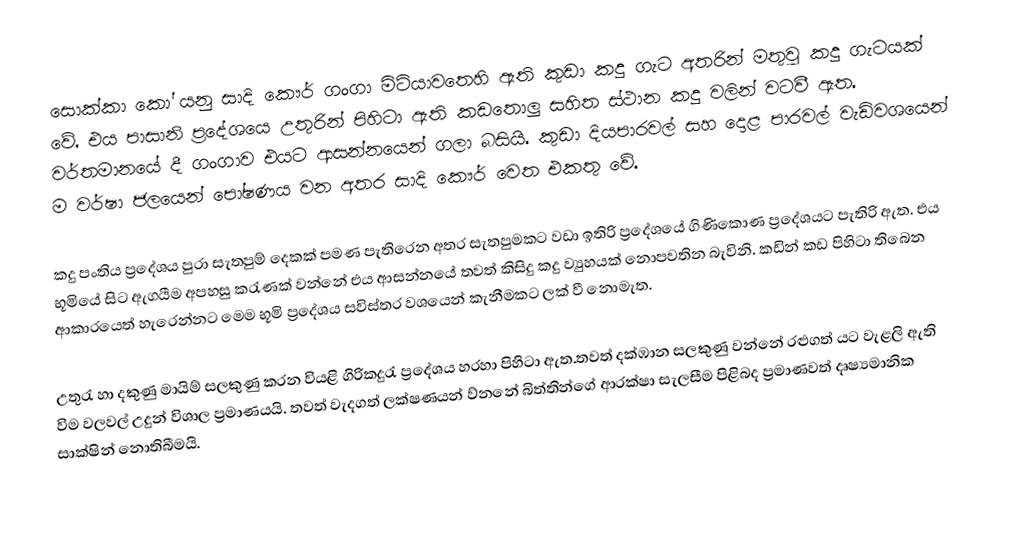
සොක්කා කෝ යනු සාදි කෞර් ගංගා මිටියාවතෙහි ඇති කුඩා කදු ගැට අතරින් මතුවු කදු ගැටයක් වේ. එය පාසානි ප්‍රදේශයෙ උතුරින් පිහිටා ඇති කඩතොලු සහිත ස්ථාන කදු වලින් වටවී ඇත. වර්තමානයේ දී ගංගාව එයට ආසන්නයෙන් ගලා බසියි. කුඩා දියපාරවල් සහ දොළ පාරවල් වැඩිවශයෙන් ම වර්ෂා ජලයෙන් පෝෂණය වන අතර සාදි කෞර් වෙත ‍එකතු වේ.

කදු පංතිය ප්‍රදේශය පුරා සැතපුම් දෙකක් පමණ පැතිරෙන අතර සැතපුමකට වඩා ඉතිරි ප්‍රදේශයේ ගිණිකොණ ප්‍රදේශයට පැතිරි ඇත. එය භූමියේ සිට ඇගයීම අපහසු කරැණක් වන්නේ එය ආසන්නයේ තවත් කිසිදු කදු ව්‍යුහයක් නොපවතින බැවිනි. කඩින් කඩ පිහිටා තිබෙන ආකාරයෙත් හැරෙන්නට මෙම භූමි ප්‍රදේශය සවිස්තර වශයෙන් කැනීමකට ලක් වී නොමැත.

උතුරැ හා දකුණු මායිම් සලකුණු කරන වියළි ගිරිකදුරැ ප්‍රදේශය හරහා පිහිටා ඇත.තවත් දක්ඹාන සලකුණු වන්නේ රළුගත් යට වැළලි ඇති විම වලවල් උදුන් විශාල ප්‍රමාණයයි.   තවත් වැදගත් ලක්ෂණයන් ව්නනේ බිත්තින්ගේ ආරක්ෂා සැලසීම පිළිබද ප්‍රමාණවත් දෘෂ්‍යමානික සාක්ෂින් ‍නොතිබීමයි.